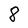
Character: 8